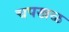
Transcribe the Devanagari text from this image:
चपखळ